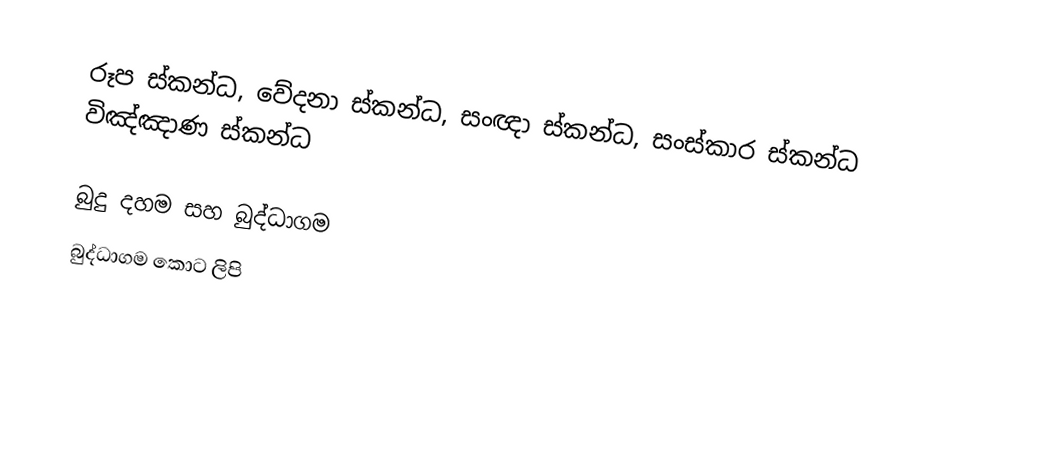
රූප ස්කන්ධ, වේදනා ස්කන්ධ, සංඥා ස්කන්ධ, සංස්කාර ස්කන්ධ විඤ්ඤාණ ස්කන්ධ

බුදු දහම සහ බුද්ධාගම
බුද්ධාගම කොට ලිපි